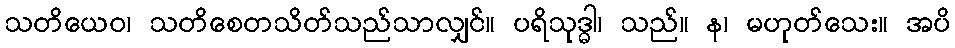
သတိယေဝ၊ သတိစေတသိတ်သည်သာလျှင်။ ပရိသုဒ္ဓါ၊ သည်။ န၊ မဟုတ်သေး။ အပိ